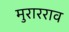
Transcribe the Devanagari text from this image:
मुरारराव